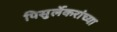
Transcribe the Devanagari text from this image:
पिसुर्लेकरांच्या